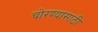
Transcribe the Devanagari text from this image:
चोरण्यासाठी